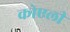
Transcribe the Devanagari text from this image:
कोएली